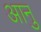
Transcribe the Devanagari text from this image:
आनु